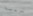
تربية